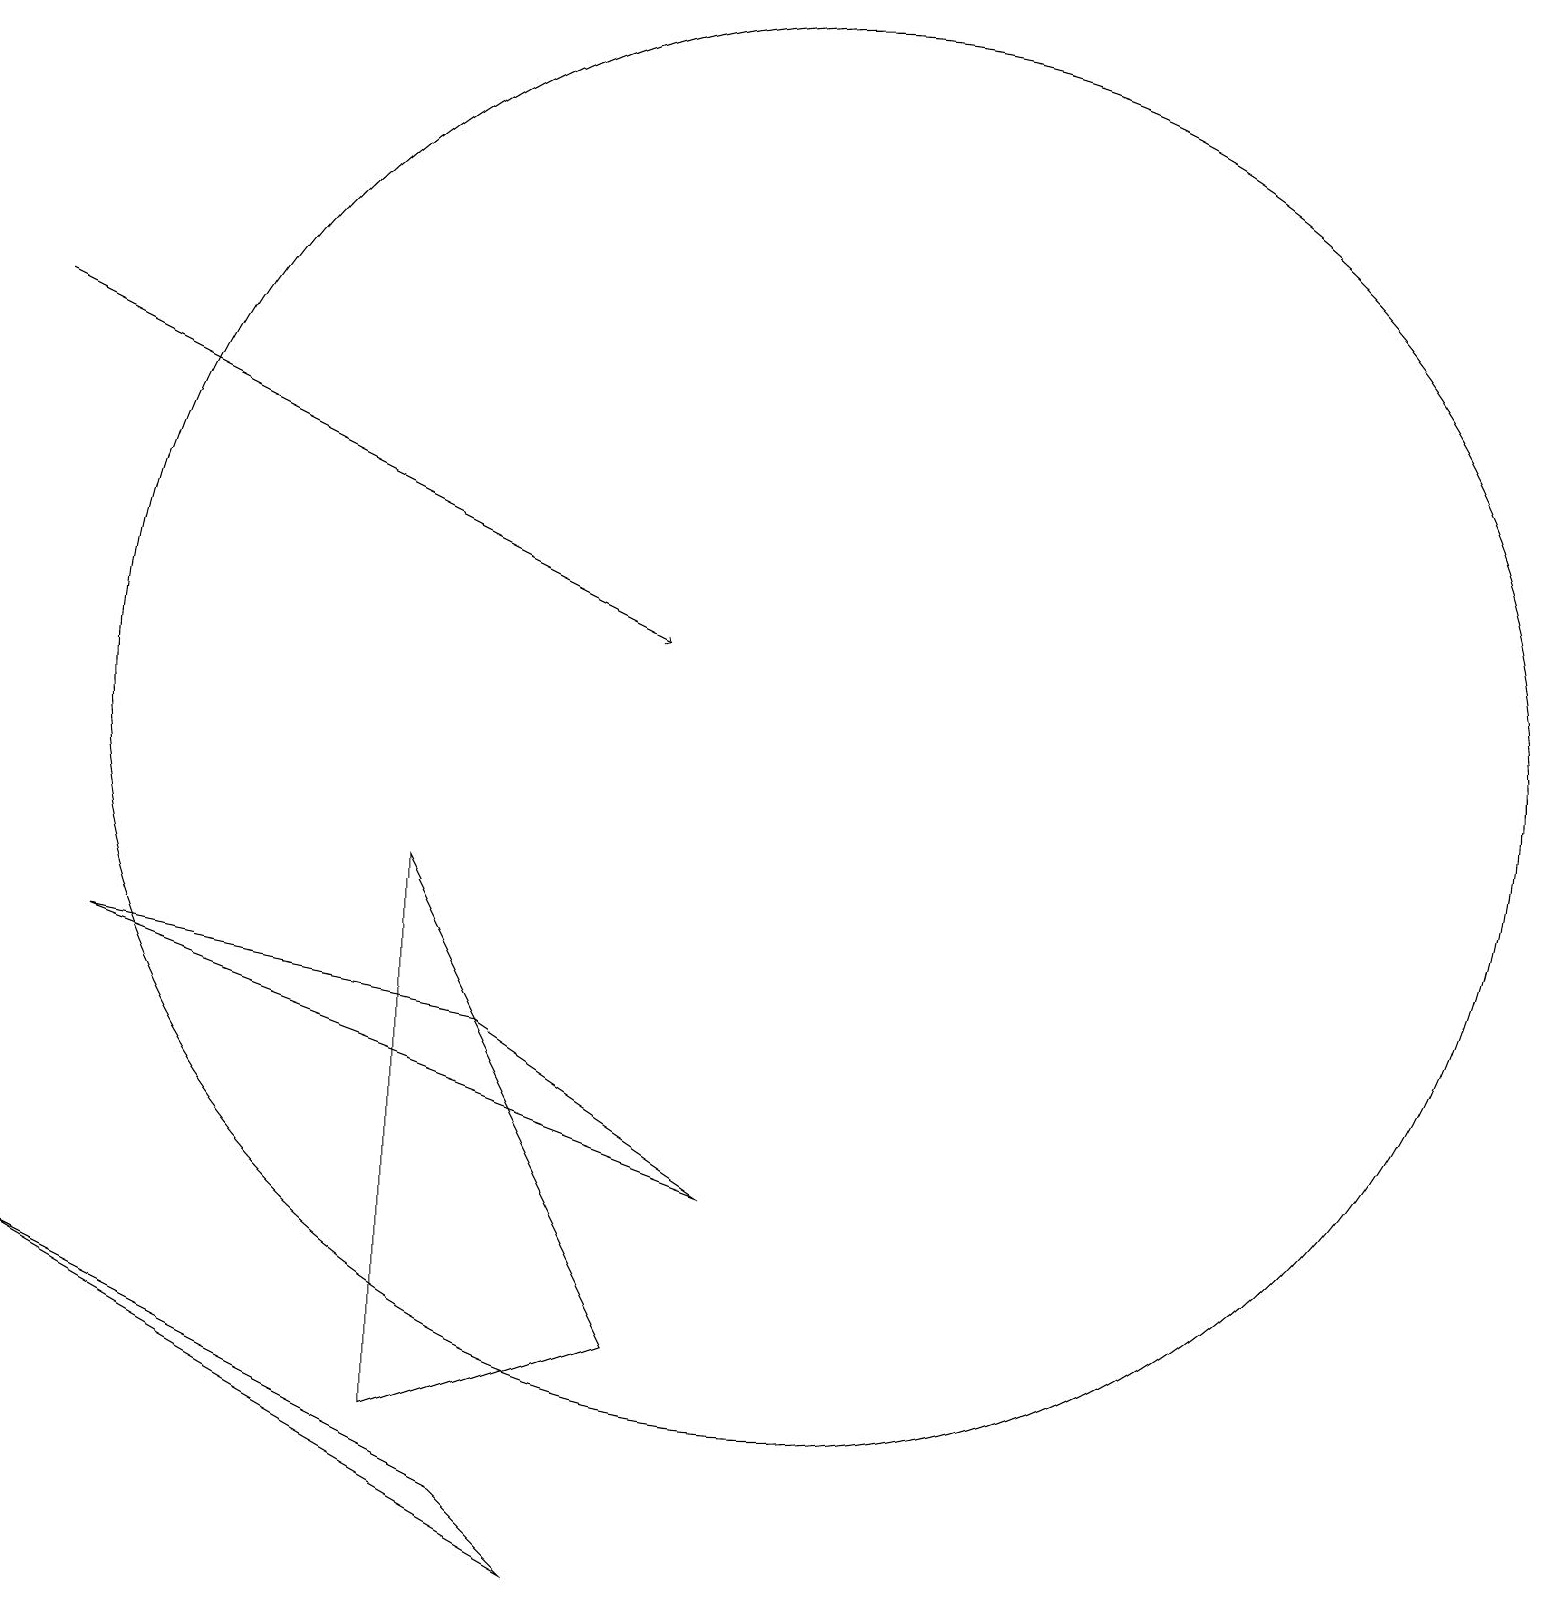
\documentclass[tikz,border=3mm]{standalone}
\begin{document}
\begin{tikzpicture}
\draw (0,4) -- (6,1) -- (7,0) -- cycle;
\draw (5,2) -- (8,3) -- (5,9) -- cycle;
\draw[->] (0,16) -- (8,12);
\draw (10,11) circle (9);
\draw (6,7) -- (1,8) -- (9,5) -- cycle;
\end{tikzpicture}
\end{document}